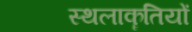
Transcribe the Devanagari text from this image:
स्थलाकॄतियों